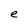
Character: e